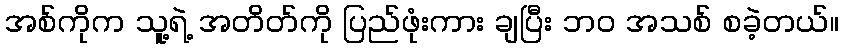
အစ်ကိုက သူ့ရဲ့ အတိတ်ကို ပြည်ဖုံးကား ချပြီး ဘဝ အသစ် စခဲ့တယ်။